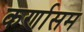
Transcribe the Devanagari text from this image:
कर्णासम